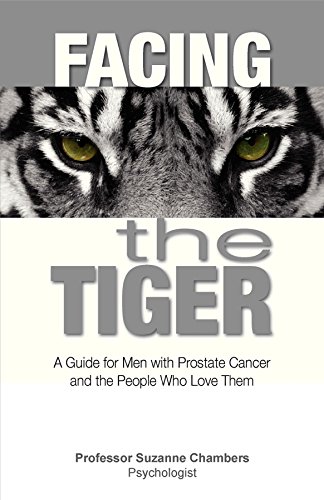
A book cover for Facing the Tiger: A Guide for Men with Prostate Cancer and the People Who Love Them; Professor Suzanne Chambers; Health, Fitness & Dieting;